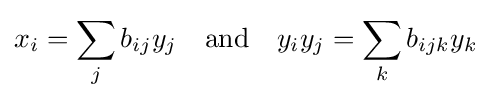
x_{i}=\sum _{j}b_{ij}y_{j}\quad {\text{and}}\quad y_{i}y_{j}=\sum _{k}b_{ijk}y_{k}